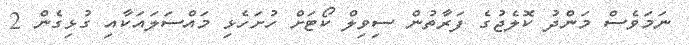
ނަމަވެސް މަންދު ކޮލެޖުގެ ފަރާތުން ސިވިލް ކޯޓަށް ހުށަހެޅި މައްސަލައަކާއި ގުޅިގެން 2